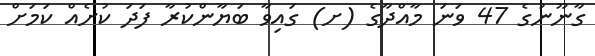
ގާނޫނުގެ 47 ވަނަ މާއްދާގެ (ށ) ގައިވާ ބަޔާންކުރާ ފަދަ ކުށެއް ކަމަށް